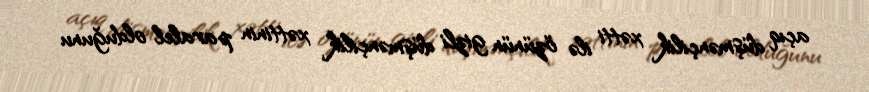
açıq düşmənçilik xətti ilə özünün gizli düşmənçilik xəttinin paralel olduğunu